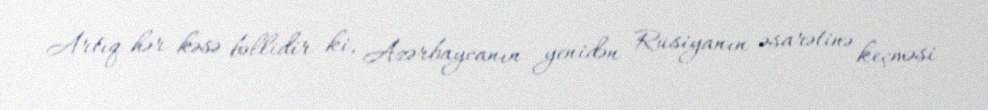
Artıq hər kəsə bəllidir ki, Azərbaycanın yenidən Rusiyanın əsarətinə keçməsi